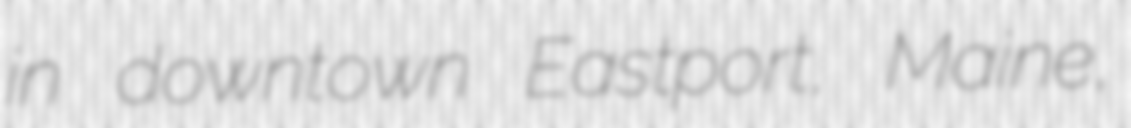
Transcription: in downtown Eastport, Maine,